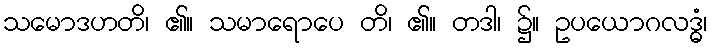
သမောဒဟတိ၊ ၏။ သမာရောပေ တိ၊ ၏။ တဒါ၊ ၌။ ဥပယောဂလဒ္ဓံ၊